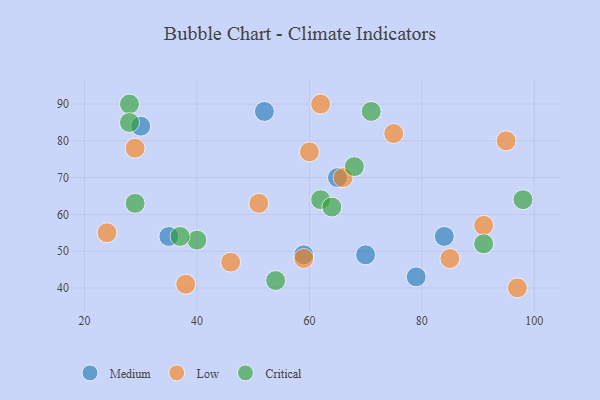
{"axis": {"x": "GDP", "y": "Life Expectancy"}, "legend": ["Critical", "Low", "Medium"], "data": [{"x": "59", "y": 49, "type": "Medium"}, {"x": "79", "y": 43, "type": "Medium"}, {"x": "52", "y": 88, "type": "Medium"}, {"x": "30", "y": 84, "type": "Medium"}, {"x": "70", "y": 49, "type": "Medium"}, {"x": "84", "y": 54, "type": "Medium"}, {"x": "65", "y": 70, "type": "Medium"}, {"x": "35", "y": 54, "type": "Medium"}, {"x": "60", "y": 77, "type": "Low"}, {"x": "97", "y": 40, "type": "Low"}, {"x": "29", "y": 78, "type": "Low"}, {"x": "46", "y": 47, "type": "Low"}, {"x": "75", "y": 82, "type": "Low"}, {"x": "59", "y": 48, "type": "Low"}, {"x": "24", "y": 55, "type": "Low"}, {"x": "95", "y": 80, "type": "Low"}, {"x": "62", "y": 90, "type": "Low"}, {"x": "85", "y": 48, "type": "Low"}, {"x": "91", "y": 57, "type": "Low"}, {"x": "66", "y": 70, "type": "Low"}, {"x": "38", "y": 41, "type": "Low"}, {"x": "51", "y": 63, "type": "Low"}, {"x": "29", "y": 63, "type": "Critical"}, {"x": "40", "y": 53, "type": "Critical"}, {"x": "98", "y": 64, "type": "Critical"}, {"x": "91", "y": 52, "type": "Critical"}, {"x": "54", "y": 42, "type": "Critical"}, {"x": "28", "y": 90, "type": "Critical"}, {"x": "68", "y": 73, "type": "Critical"}, {"x": "62", "y": 64, "type": "Critical"}, {"x": "71", "y": 88, "type": "Critical"}, {"x": "28", "y": 85, "type": "Critical"}, {"x": "37", "y": 54, "type": "Critical"}, {"x": "64", "y": 62, "type": "Critical"}]}